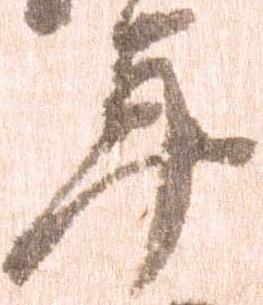
年